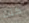
كنت